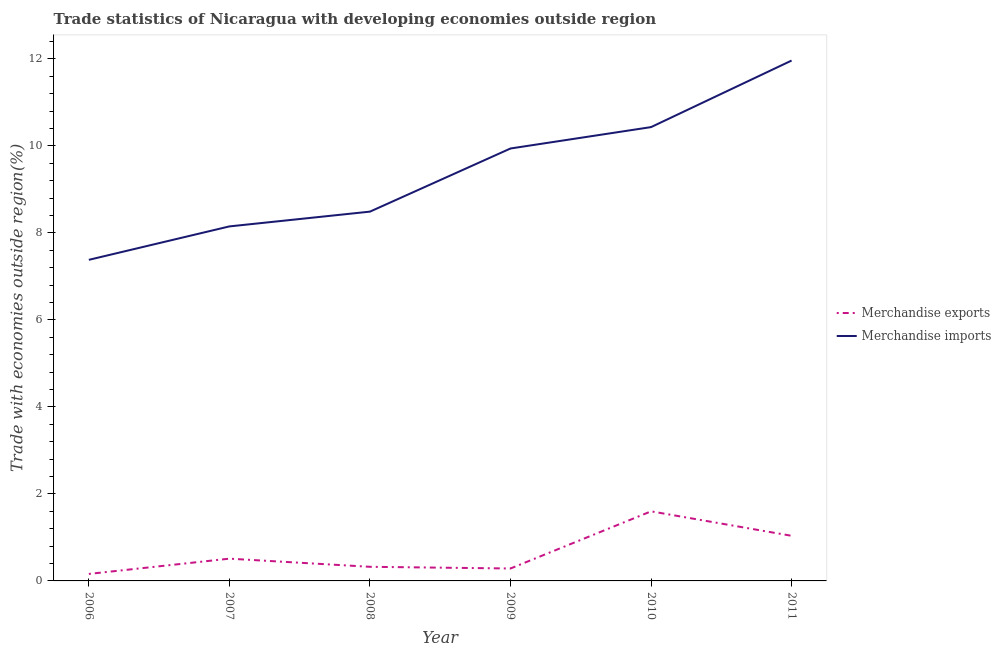
| Year | Merchandise exports | Merchandise imports |
 | --- | --- | --- |
 | 2006 | 0.161 | 7.38 |
 | 2007 | 0.512 | 8.15 |
 | 2008 | 0.325 | 8.49 |
 | 2009 | 0.286 | 9.94 |
 | 2010 | 1.6 | 10.4 |
 | 2011 | 1.04 | 12 |